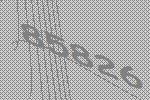
85826